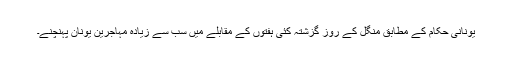
یونانی حکام کے مطابق منگل کے روز گزشتہ کئی ہفتوں کے مقابلے میں سب سے زیادہ مہاجرین یونان پہنچنے۔